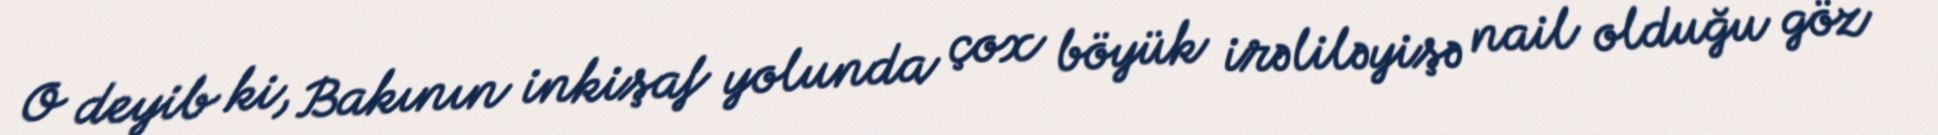
O deyib ki, Bakının inkişaf yolunda çox böyük irəliləyişə nail olduğu göz